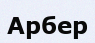
Арбер